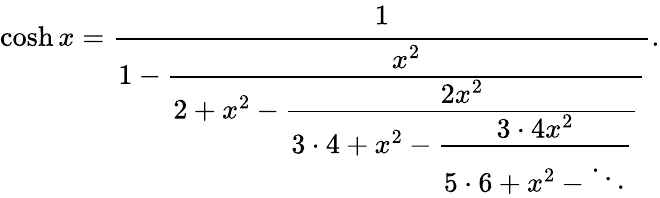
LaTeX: \cosh x={\cfrac{1}{1-{\cfrac{x^{2}}{2+x^{2}-{\cfrac{2x^{2}}{3\cdot 4+x^{2}-{\cfrac{3\cdot 4x^{2}}{5\cdot 6+x^{2}-\ddots}}}}}}}}.